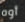
أوه